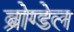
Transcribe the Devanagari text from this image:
ब्रोग्डेल